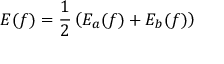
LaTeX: E ( f ) = { \frac { 1 } { 2 } } \left( E _ { a } ( f ) + E _ { b } ( f ) \right)